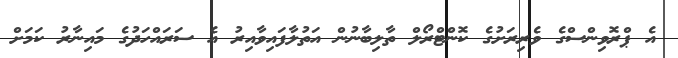
އެ ޕްރޮވިންސްގެ ވެރިރަށުގެ ކޮންޓްރޯލް ތާލިބާނުން އަތުލާފައިވާއިރު އެ ސަރައްހަދުގެ މައިނާރު ކަމަށް